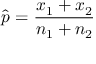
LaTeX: { \hat { p } } = { \frac { x _ { 1 } + x _ { 2 } } { n _ { 1 } + n _ { 2 } } }